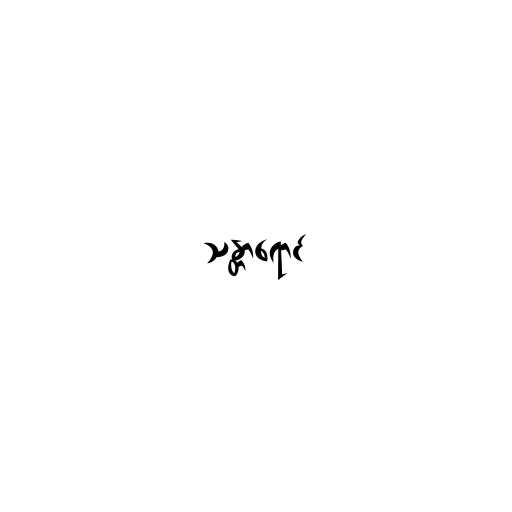
သန္တာရောင်